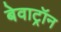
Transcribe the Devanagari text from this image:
बेवाट्रॉन